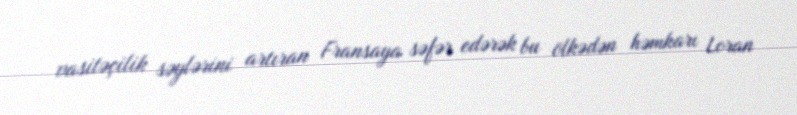
vasitəçilik səylərini artıran Fransaya səfər edərək bu ölkədən həmkarı Loran